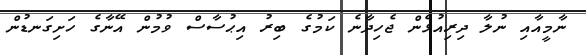
ނާމީއާއި ނުލާ ދިރިއުޅެން ޖެހިދާނެ ކަމުގެ ބިރު އިޙުސާސް ވުމުން އޭނާގެ ހަށިގަނޑުން